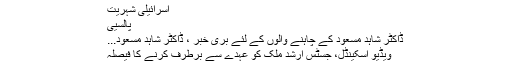
اسرائیلی شہریت
پالسیی
ڈاکٹر شاہد مسعود کے چاہنے والوں کے لئے بری خبر ، ڈاکٹر شاہد مسعود...
ویڈیو اسکینڈل، جسٹس ارشد ملک کو عہدے سے برطرف کرنے کا فیصلہ